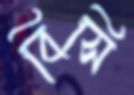
বিসি